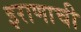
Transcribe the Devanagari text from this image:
इराणाची